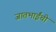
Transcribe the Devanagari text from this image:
जातभाईंची